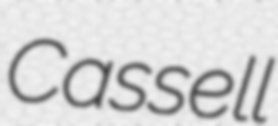
Cassell